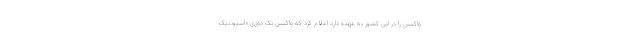
واکسن را در این کشور به عهده دارد اعلام کرد که واکسن تک دوزی «اسپوتنیک